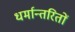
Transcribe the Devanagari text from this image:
धर्मान्तरितों